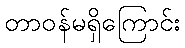
တာဝန်မရှိကြောင်း